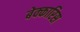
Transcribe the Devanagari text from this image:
बेक्कारिस